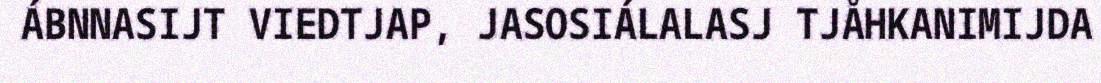
ÁBNNASIJT VIEDTJAP, JASOSIÁLALASJ TJÅHKANIMIJDA